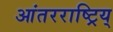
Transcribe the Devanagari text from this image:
आंतरराष्ट्रिय्